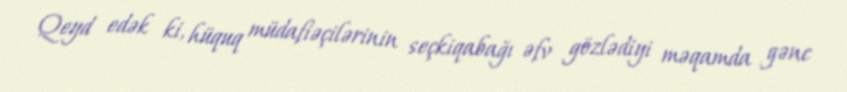
Qeyd edək ki, hüquq müdafiəçilərinin seçkiqabağı əfv gözlədiyi məqamda gənc